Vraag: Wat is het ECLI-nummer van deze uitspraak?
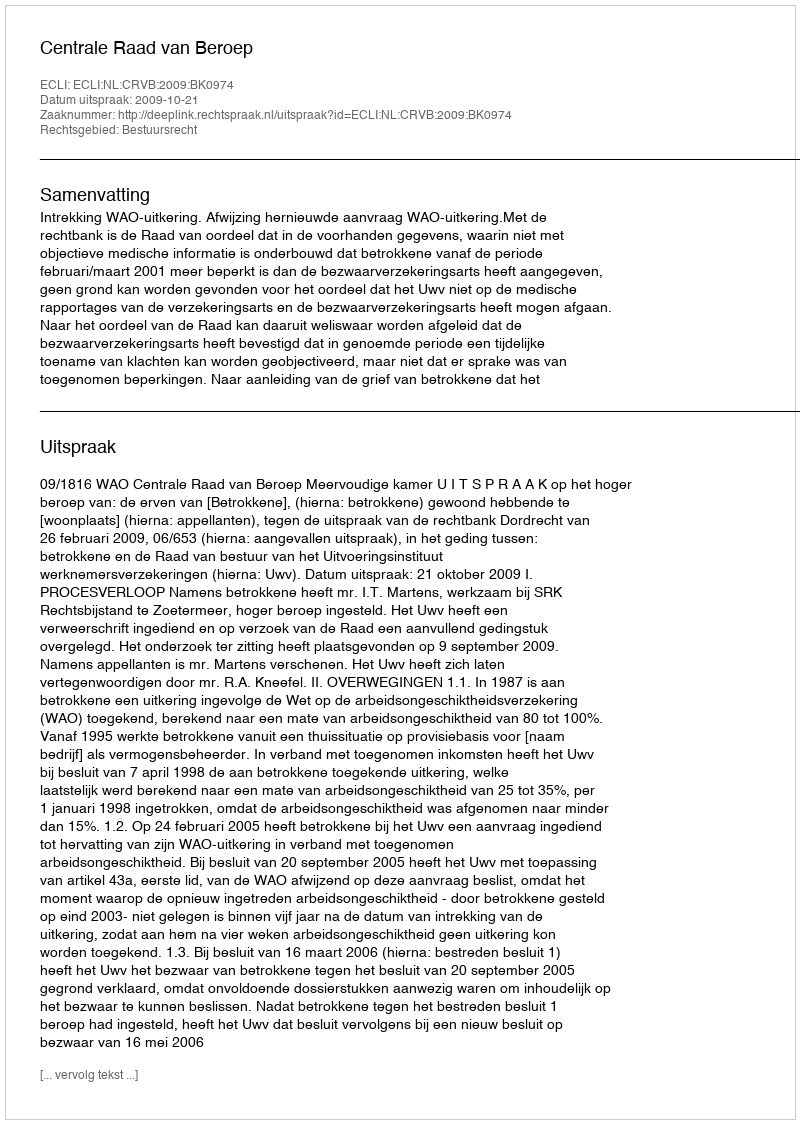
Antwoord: ECLI:NL:CRVB:2009:BK0974